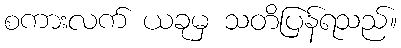
စကားလက် ယခုမှ သတိပြန်ရသည်။